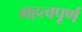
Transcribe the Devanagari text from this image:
महत्वपूर्ण